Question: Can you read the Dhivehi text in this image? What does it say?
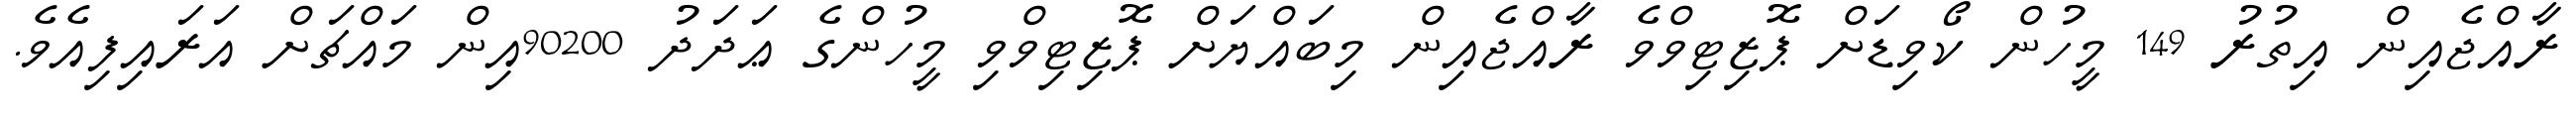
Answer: ރާއްޖެއިން އިތުރު 149 މީހުން ކޯވިޑަށް ޕޮޒިޓިވްވެ ރާއްޖެއިން މިބައްޔަށް ޕޮޒިޓިވްވި މީހުންގެ ޢަދަދު 90200އިން މައްޗަށް އަރައިފިއެވެ.